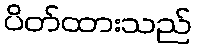
ပိတ်ထားသည်